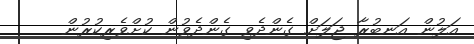
އަލުން އަނބުރާ ޖަލަށް ގެންދެވި ގެންދެވުން ކުށްވެރިކުރުން